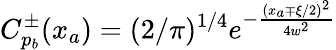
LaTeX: C_{p_{b}}^{\pm}(x_{a})=(2/\pi)^{1/4}e^{-\frac{\left(x_{a}\mp\xi/2\right)^{2}}{4w^{2}}}